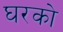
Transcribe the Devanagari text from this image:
घरको